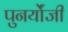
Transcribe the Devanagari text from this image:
पुनर्योंजी